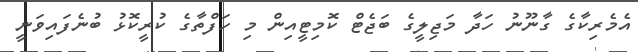
އެމެރިކާގެ ގާނޫނު ހަދާ މަޖިލީގެ ބަޖެޓް ކޮމިޓީއިން މި ހަފްތާގެ ކުރީކޮޅު ބުނެފައިވަނީ